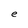
Character: e